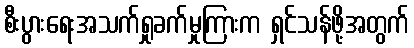
စီးပွားရေးအသက်ရှုခက်မှုကြားက ရှင်သန်ဖို့အတွက်